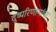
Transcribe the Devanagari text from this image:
दुष्परिणामांचा